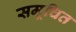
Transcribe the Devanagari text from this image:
समूचित